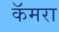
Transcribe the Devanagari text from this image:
कॅमरा